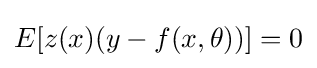
E[z(x)(y-f(x,\theta ))]=0